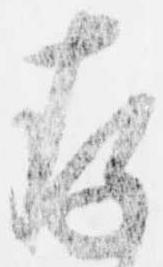
存